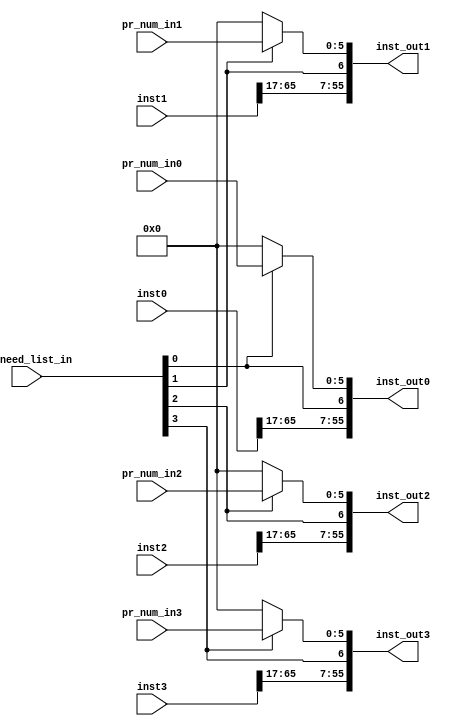
`default_nettype none
module instCombiner(/*autoarg*/
   // Outputs
   inst_out0, inst_out1, inst_out2, inst_out3,
   // Inputs
   inst0, inst1, inst2, inst3, pr_num_in0, pr_num_in1, pr_num_in2,
   pr_num_in3, pr_need_list_in
   );

   input wire [65:0] inst0,inst1,inst2,inst3;
   input wire [5:0]  pr_num_in0,pr_num_in1,pr_num_in2,pr_num_in3;
   input wire [3:0]  pr_need_list_in;

   output wire [55:0] inst_out0,inst_out1,inst_out2,inst_out3;



   wire [5:0] 	      pr_num0,pr_num1,pr_num2,pr_num3;

   assign pr_num0 = pr_need_list_in[0] ? pr_num_in0 : 6'b0;
   assign pr_num1 = pr_need_list_in[1] ? pr_num_in1 : 6'b0;
   assign pr_num2 = pr_need_list_in[2] ? pr_num_in2 : 6'b0;
   assign pr_num3 = pr_need_list_in[3] ? pr_num_in3 : 6'b0;


   assign inst_out0 = {inst0[65:17],pr_need_list_in[0],pr_num0};
   assign inst_out1 = {inst1[65:17],pr_need_list_in[1],pr_num1};
   assign inst_out2 = {inst2[65:17],pr_need_list_in[2],pr_num2};
   assign inst_out3 = {inst3[65:17],pr_need_list_in[3],pr_num3};

   
   
endmodule // instCombiner